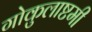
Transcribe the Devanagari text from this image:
गोकुलाष्टमी